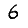
Digit: 6